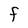
Character: F